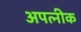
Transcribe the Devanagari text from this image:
अपत्नीक